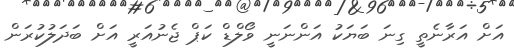
އަށް އަރާނެތީ ގިނަ ބަޔަކު އަންނަނީ ވޯލްޑް ކަޕް ޖެނުއަރީ އަށް ބަދަލުކުރަން